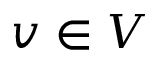
v \in V